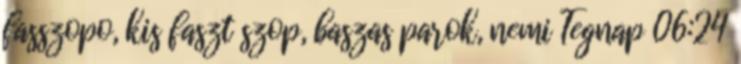
fasszopo, kis faszt szop, baszas parok, nemi Tegnap 06:24